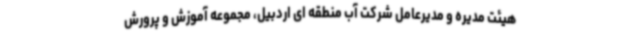
هیئت مدیره و مدیرعامل شرکت آب منطقه ای اردبیل، مجموعه آموزش و پرورش